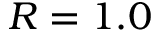
R = 1 . 0